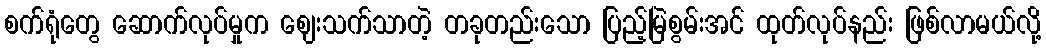
စက်ရုံတွေ ဆောက်လုပ်မှုက ဈေးသက်သာတဲ့ တခုတည်းသော ပြည့်မြဲစွမ်းအင် ထုတ်လုပ်နည်း ဖြစ်လာမယ်လို့